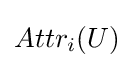
Attr_{i}(U)